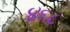
૪૬૮